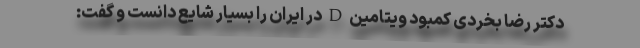
دکتر رضا بخردی کمبود ویتامین D در ایران را بسیار شایع دانست و گفت: